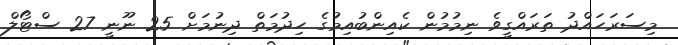
މިސަރަހައްދު ތަރައްގީވެ ނިމުމުން ކެއިންބުއިމުގެ ހިދުމަތް ދިނުމަށް 25 ނޫނީ 27 ސްޓޯލް